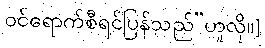
ဝင်ရောက်စီရင်ပြန်သည်”ဟူလို၊၊]